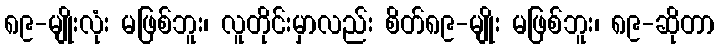
၈၉-မျိုးလုံး မဖြစ်ဘူး၊ လူတိုင်းမှာလည်း စိတ်၈၉-မျိုး မဖြစ်ဘူး၊ ၈၉-ဆိုတာ